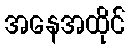
အနေအထိုင်